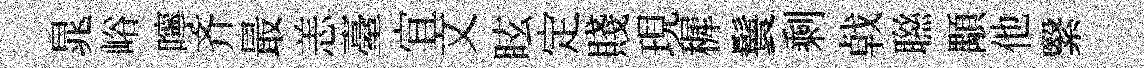
晁峪嚀齐最恙臺宜文眩定賤現穉鬟剩㦸聮顒他繄